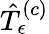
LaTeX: \hat{T}_{\epsilon}^{\left(c\right)}